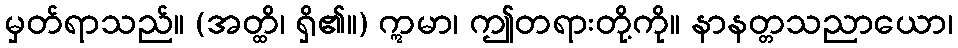
မှတ်ရာသည်။ (အတ္ထိ၊ ရှိ၏။) ဣမာ၊ ဤတရားတို့ကို။ နာနတ္တသညာယော၊